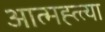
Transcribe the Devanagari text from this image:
आत्मह्त्त्या